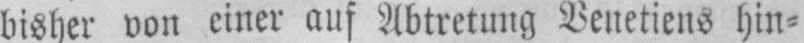
bisher von einer auf Abtretung Venetiens hin⸗